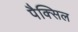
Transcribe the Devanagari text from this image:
पैक्सिल